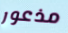
مذعور